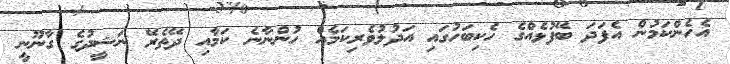
އެހެންކަމުން އެފަދަ ބޭފުޅެއްގެ ހެކިބަހުގައި އަދުލުވެރިކަމެއް ހުންނާނެ ކަމާއި ދޭތެރޭ ނަޝީދުގެ ގާނޫނީ